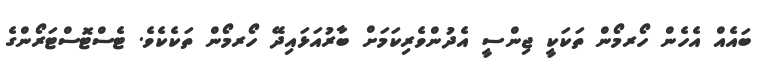
ބައެއް އެހެން ހޯރމޯން ތަކަކީ ޖިންސީ އެދުންވެރިކަމަށް ބާރުއަޅައިދޭ ހޯރމޯން ތަކެކެވެ. ޓެސްޓޮސްޓަރޯންގެ